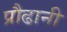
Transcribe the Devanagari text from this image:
प्रौढानी